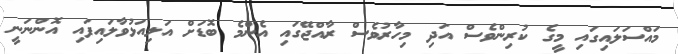
މައްސަލައިގައި މީގެ ކުރިންވެސް އަދި މިހާރުވެސް ރާއްޖޭގައި އެންމެ ބޮޑަށް އަލިއަޅުވާލައިފައި އޮންނަނީ